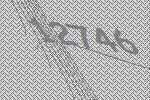
12746